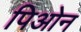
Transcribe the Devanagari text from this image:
पिओन